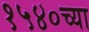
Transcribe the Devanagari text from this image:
१५४०च्या